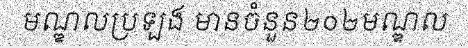
មណ្ឌលប្រឡង មានចំនួន២០២មណ្ឌល